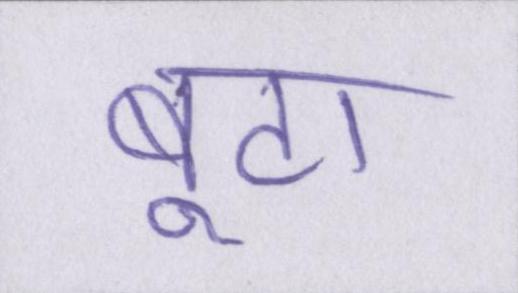
बूटा